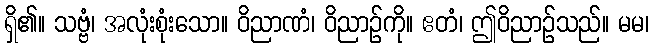
ရှိ၏။ သဗ္ဗံ၊ အလုံးစုံးသော။ ဝိညာဏံ၊ ဝိညာဉ်ကို။ ဧတံ၊ ဤဝိညာဉ်သည်။ မမ၊